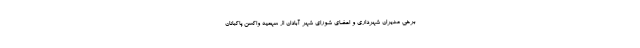
برخی مدیران شهرداری و اعضای شورای شهر آبادان از سهمیه واکسن پاکبانان